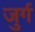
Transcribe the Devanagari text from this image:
जुर्ग